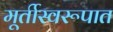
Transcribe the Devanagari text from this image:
मूर्तीस्वरूपात